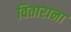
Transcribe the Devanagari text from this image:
विताराना